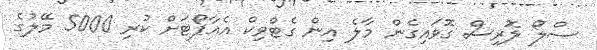
ސްލޯ ލޮރިސް ގޮވައިގެން މާލެ އިން ގެޓްވިކް އެއާޕޯޓަށް ކުރި 5000 މޭލުގެ